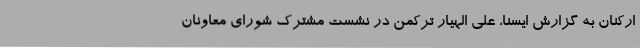
ارکنان به گزارش ایسنا، علی الهیار ترکمن در نشست مشترک شورای معاونان